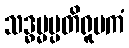
သဒ္ဓမ္မပ္ပတိရူပကံ